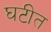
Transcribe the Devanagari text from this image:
घटीत